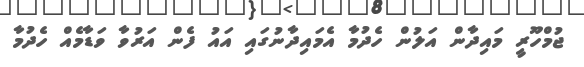
ޖުމްހޫރީ މައިދާން އަލުން ހެދުމާ އެމައިދާނުގައި އައު ފެން އަރުވާ ވަޑާމެއް ހެދުމާ